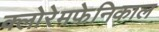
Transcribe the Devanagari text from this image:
क्लोरेमफेनिकाल